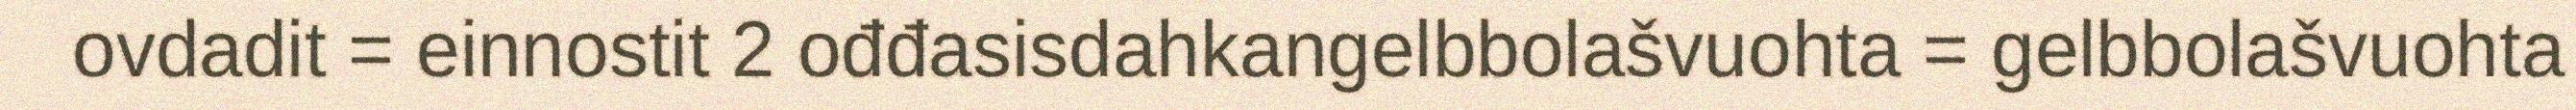
ovdadit = einnostit 2 ođđasisdahkangelbbolašvuohta = gelbbolašvuohta